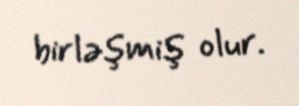
birləşmiş olur.